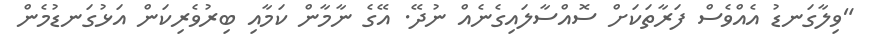
"ވިލާގަނޑު އެއްވެސް ފަރާތަކަށް ސޮއްސާލައިގެނެއް ނުދޭ. އޭގެ ނާމާން ކަމާއި ބިރުވެރިކަން އަޅުގަނޑުމެން